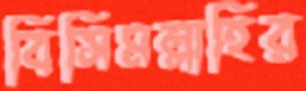
বিসিমল্লাহির